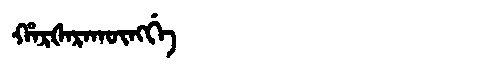
Manchu: ᡥᠠᡵᡧᠠᡵᠠᡴᡡᠩᡤᡝ
Romanization: HARŠARAKŪNGGE